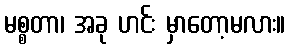
မစ္စတာ၊ အခု ဟင်း မှာတော့မလား။